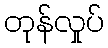
တုန်လှုပ်